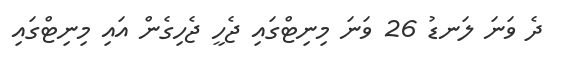
ދެ ވަނަ ލަނޑު 26 ވަނަ މިނިޓްގައި ޖެހީ ޖެހިގެން އައި މިނިޓްގައި